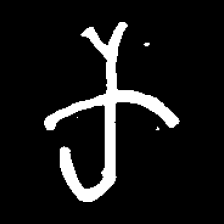
Pyu character \u2014 Myanmar letter: က (romanized: ka)